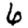
Digit: 6